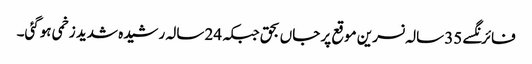
فائرنگسے 35 سالہ نسرین موقع پر جاں بحق جبکہ 24 سالہ رشیدہ شدید زخمی ہوگئی۔